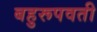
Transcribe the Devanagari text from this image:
बहुरूपवती